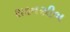
સદનસીબ